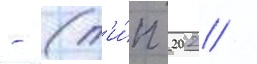
- (т'и́п 202 /